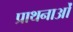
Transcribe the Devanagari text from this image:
प्राथनाओं